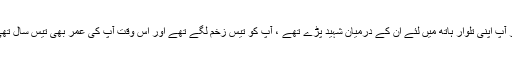
اور آپ اپنی تلوار ہاتھ میں لئے ان کے درمیان شہید پڑے تھے ، آپ کو تیس زخم لگے تھے اور اس وقت آپ کی عمر بھی تیس سال تھی ۔